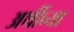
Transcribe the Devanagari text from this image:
अर्थीच्या